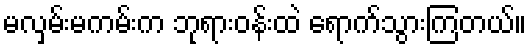
မလှမ်းမကမ်းက ဘုရားဝန်းထဲ ရောက်သွားကြတယ်။